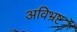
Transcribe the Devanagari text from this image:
अविभ्रष्ट